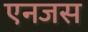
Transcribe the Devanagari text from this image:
एनजस